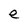
Character: e